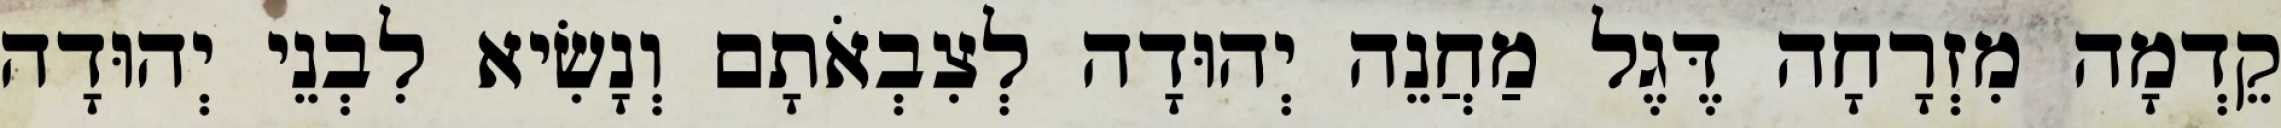
קֵדְמָה מִזְרָחָה דֶּגֶל מַחֲנֵה יְהוּדָה לְצִבְאֹתָם וְנָשִׂיא לִבְנֵי יְהוּדָה